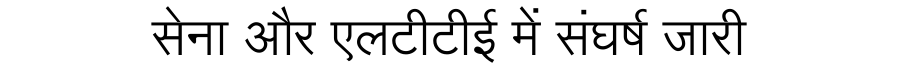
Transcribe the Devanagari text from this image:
सेना और एलटीटीई में संघर्ष जारी